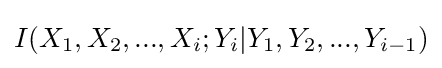
I(X_{1},X_{2},...,X_{i};Y_{i}|Y_{1},Y_{2},...,Y_{i-1})